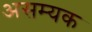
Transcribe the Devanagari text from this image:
असम्यक